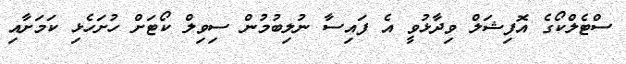
ސްޓެލްކޯގެ އޮފިޝަލް ވިދާޅުވީ އެ ފައިސާ ނުލިބުމުން ސިވިލް ކޯޓަށް ހުށަހެޅި ކަމަށާއި